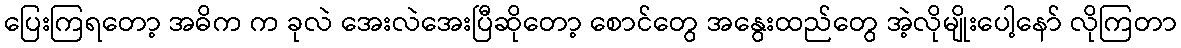
ပြေးကြရတော့ အဓိက က ခုလဲ အေးလဲအေးပြီဆိုတော့ စောင်တွေ အနွေးထည်တွေ အဲ့လိုမျိုးပေါ့နော် လိုကြတာ